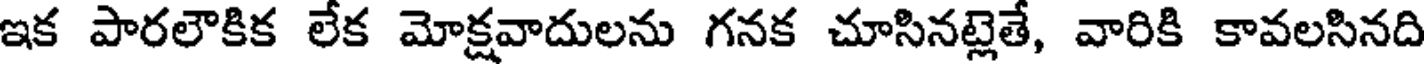
ఇక పారలౌకిక లేక మోక్షవాదులను గనక చూసినట్లెతే, వారికి కావలసినది